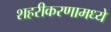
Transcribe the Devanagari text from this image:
शहरीकरणामध्ये